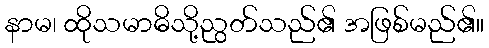
နာမ၊ ထိုသမာဓိသို့ညွတ်သည်၏ အဖြစ်မည်၏။